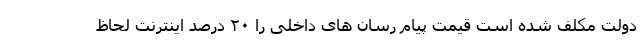
دولت مکلف شده است قیمت پیام رسان های داخلی را ۲۰ درصد اینترنت لحاظ